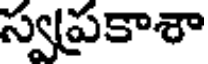
స్వప్రకాశా